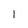
Character: 1